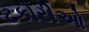
ટકોરીઓ